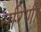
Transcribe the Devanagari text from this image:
सरिणी